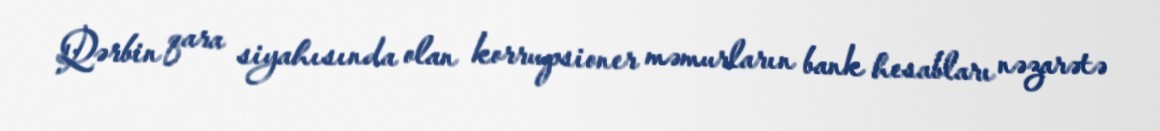
Qərbin qara siyahısında olan korrupsioner məmurların bank hesabları nəzarətə